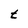
Character: t